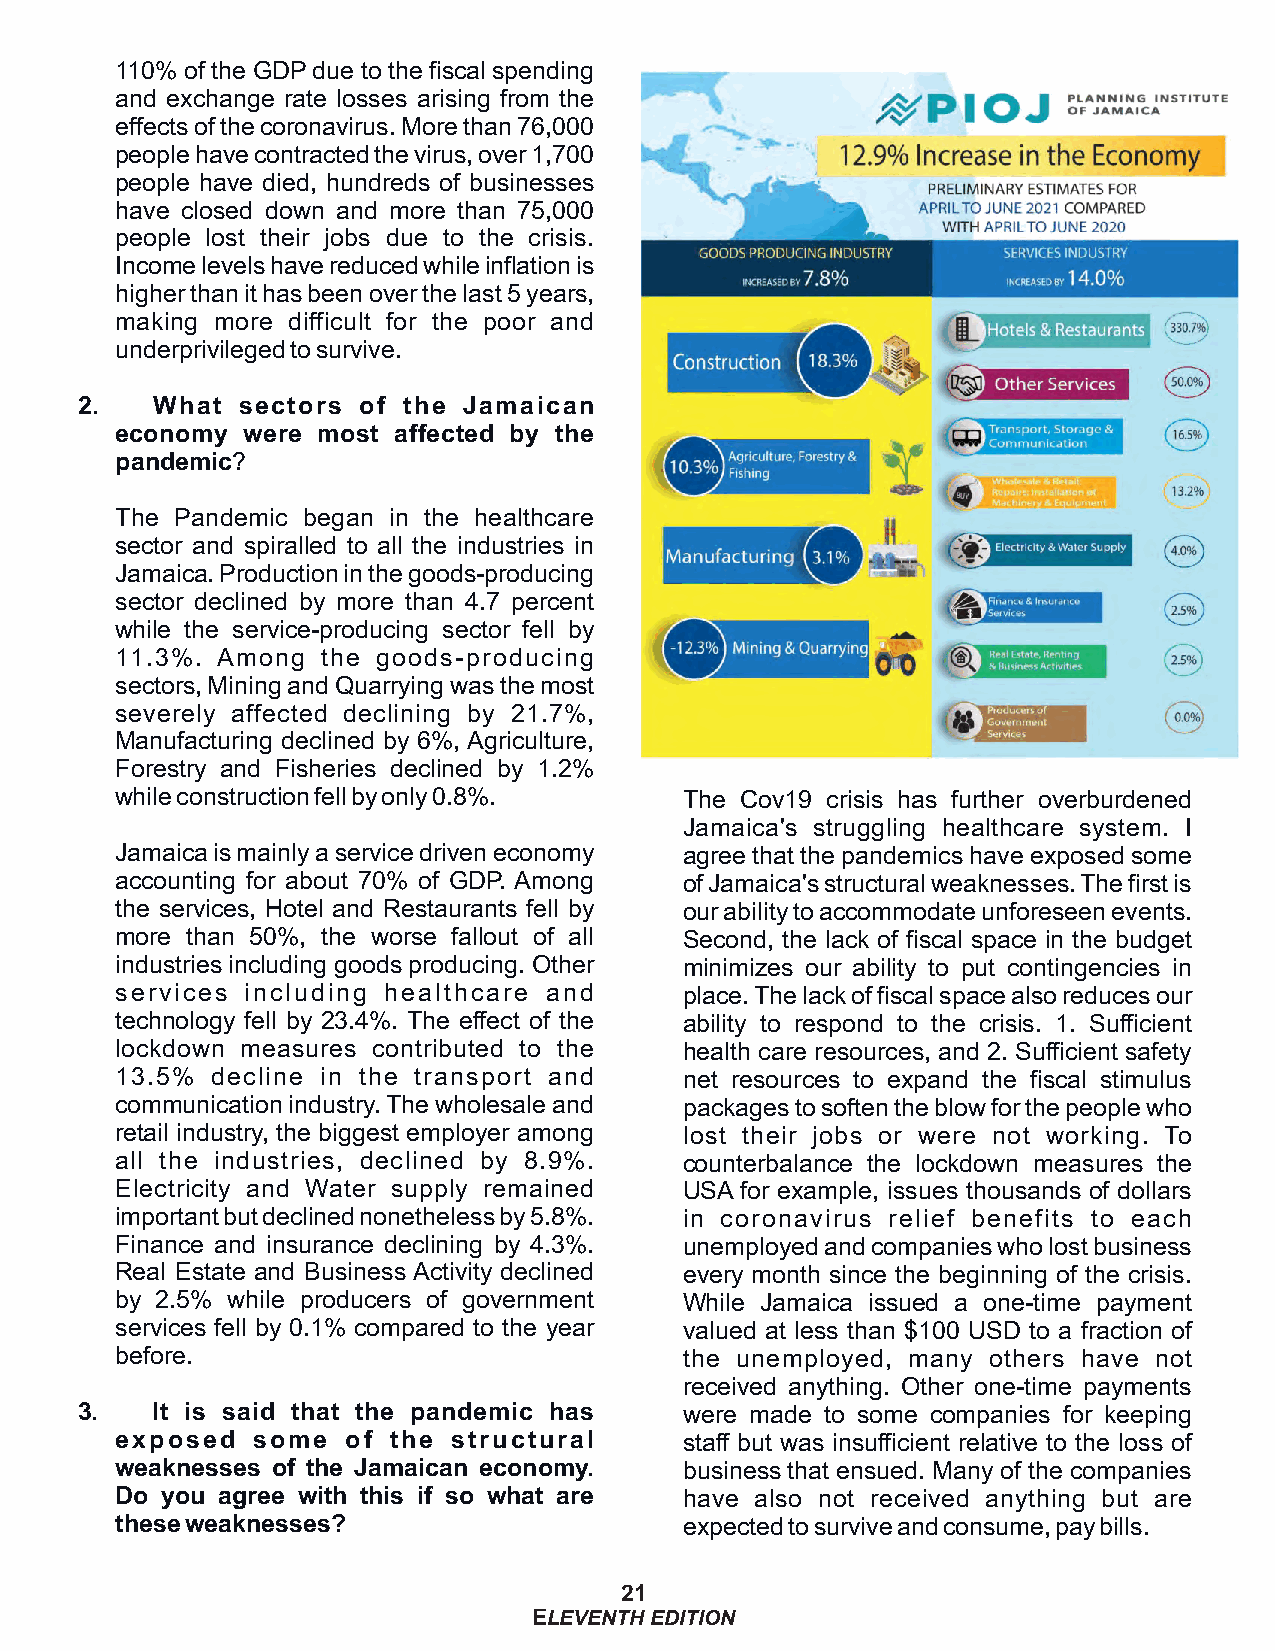
110% of the GDP due to the fiscal spending
 and exchange rate losses arising from the
 effects of the coronavirus. More than 76,000
 people have contracted the virus, over 1,700
 people have died, hundreds of businesses
 have closed down and more than 75,000
 people lost their jobs due to the crisis.
 Income levels have reduced while inflation is
 higher than it has been over the last 5 years,
 making more difficult for the poor and
 underprivileged to survive.
 2.   What  sectors of the Jamaican
 economy were most affected by the
 pandemic?
 The Pandemic began in the healthcare
 sector and spiralled to all the industries in
 Jamaica. Production in the goods-producing
 sector declined by more than 4.7 percent
 while the service-producing sector fell by
 11.3%. Among the goods-producing
 sectors, Mining and Quarrying was the most
 severely affected declining by 21.7%,
 Manufacturing declined by 6%, Agriculture,
 Forestry and Fisheries declined by 1.2%
 while construction fell by only 0.8%. The Cov19 crisis has further overburdened
 Jamaica's struggling healthcare system. I
 Jamaica is mainly a service driven economy agree that the pandemics have exposed some
 accounting for about 70% of GDP. Among of Jamaica's structural weaknesses. The first is
 the services, Hotel and Restaurants fell by our ability to accommodate unforeseen events.
 more than 50%, the worse fallout of all Second, the lack of fiscal space in the budget
 industries including goods producing. Other minimizes our ability to put contingencies in
 services including healthcare and    place. The lack of fiscal space also reduces our
 technology fell by 23.4%. The effect of the ability to respond to the crisis. 1. Sufficient
 lockdown measures contributed to the health care resources, and 2. Sufficient safety
 13.5% decline in the transport and   net resources to expand the fiscal stimulus
 communication industry. The wholesale and packages to soften the blow for the people who
 retail industry, the biggest employer among lost their jobs or were not working. To
 all the industries, declined by 8.9%. counterbalance the lockdown measures the
 Electricity and Water supply remained USA for example, issues thousands of dollars
 important but declined nonetheless by 5.8%. in coronavirus relief benefits to each
 Finance and insurance declining by 4.3%. unemployed and companies who lost business
 Real Estate and Business Activity declined every month since the beginning of the crisis.
 by 2.5% while producers of government While Jamaica issued a one-time payment
 services fell by 0.1% compared to the year valued at less than $100 USD to a fraction of
 before.                              the unemployed, many others have not
 received anything. Other one-time payments
 3.   It is said that the pandemic has   were made to some companies for keeping
 exposed  some  of the structural     staff but was insufficient relative to the loss of
 weaknesses of the Jamaican economy.  business that ensued. Many of the companies
 Do you agree with this if so what are have also not received anything but are
 these weaknesses?                    expected to survive and consume, pay bills.
 21
 ELEVENTH EDITION